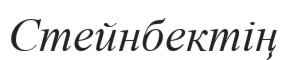
Стейнбектің